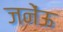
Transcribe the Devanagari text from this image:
जनेंऊ